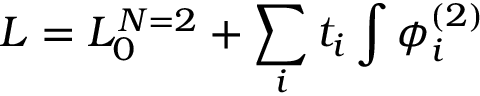
{ \cal L } = { \cal L } _ { 0 } ^ { N = 2 } + \sum _ { i } t _ { i } \int \phi _ { i } ^ { ( 2 ) }